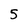
Character: 5